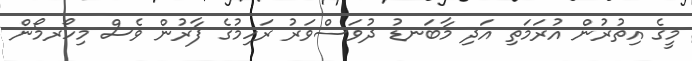
މީގެ އިތުރުން އުރަމަތި އަދި މާބަނޑު ދުވަސްވަރު ރަހިމުގެ ފާރުން ވެސް މިހޯރމޯން